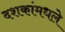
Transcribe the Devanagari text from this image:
दशकांमधले